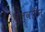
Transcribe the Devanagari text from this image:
वुल्वरिन